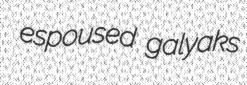
espoused galyaks